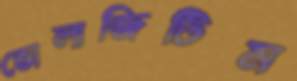
ভোলাজিটিম